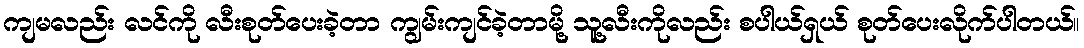
ကျမလည်း လင်ကို လီးစုတ်ပေးခဲ့တာ ကျွမ်းကျင်ခဲ့တာမို့ သူ့လီးကိုလည်း စပါယ်ရှယ် စုတ်ပေးလိုက်ပါတယ်။